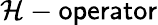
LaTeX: \mathcal{H}-\mathsf{operator}